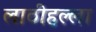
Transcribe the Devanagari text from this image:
लाठीहल्ला